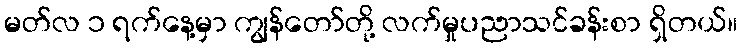
မတ်လ ၁ ရက်နေ့မှာ ကျွန်တော်တို့ လက်မှုပညာသင်ခန်းစာ ရှိတယ်။